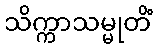
သိက္ကာသမ္မုတိံ